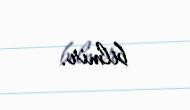
bilmir.